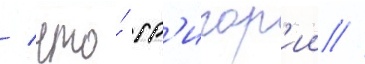
/ что́ гр'игор'ии /